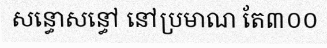
សន្ធោសន្ធៅ នៅប្រមាណ តែ៣០០